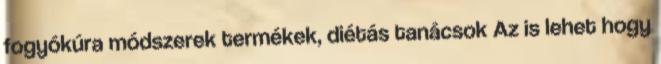
fogyókúra módszerek termékek, diétás tanácsok Az is lehet hogy